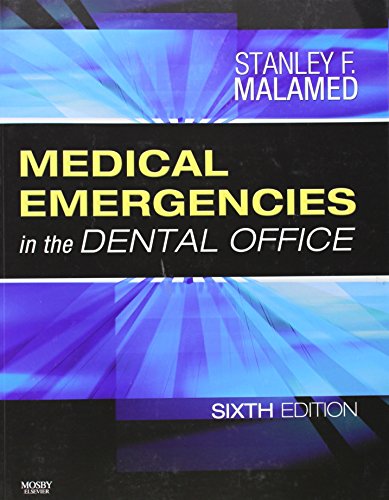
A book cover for Medical Emergencies in the Dental Office, 6e; Stanley F. Malamed DDS; Medical Books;